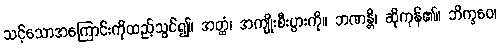
သင့်သောအကြောင်းကိုထည့်သွင်၍။ အတ္ထံ၊ အကျိုးစီးပွားကို။ ဘဏန္တိ၊ ဆိုကုန်၏။ ဘိက္ခဝေ၊